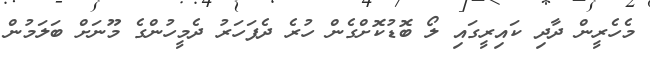
މެހެރީން ދާދި ކައިރީގައި ލޯ ބޮޑުކޮށްގެން ހުރެ ދެފަހަރު ދެމީހުންގެ މޫނަށް ބަލަމުން